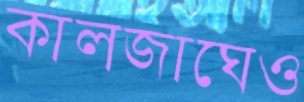
কালজাঘেও